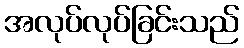
အလုပ်လုပ်ခြင်းသည်